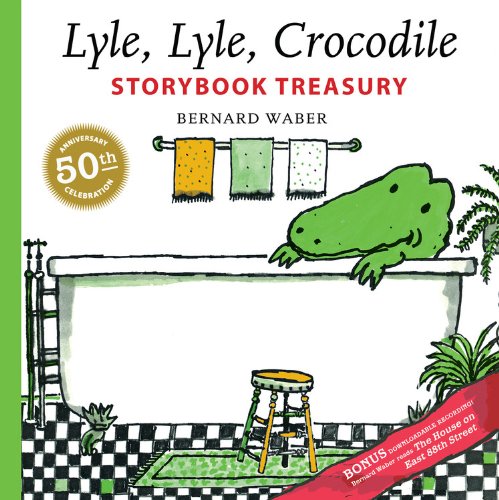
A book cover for Lyle, Lyle, Crocodile Storybook Treasury (Lyle the Crocodile); Bernard Waber; Children's Books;